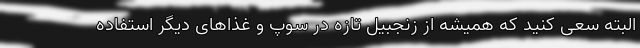
البته سعی کنید که همیشه از زنجبیل تازه در سوپ و غذاهای دیگر استفاده